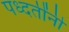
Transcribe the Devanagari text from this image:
पध्दतींनी